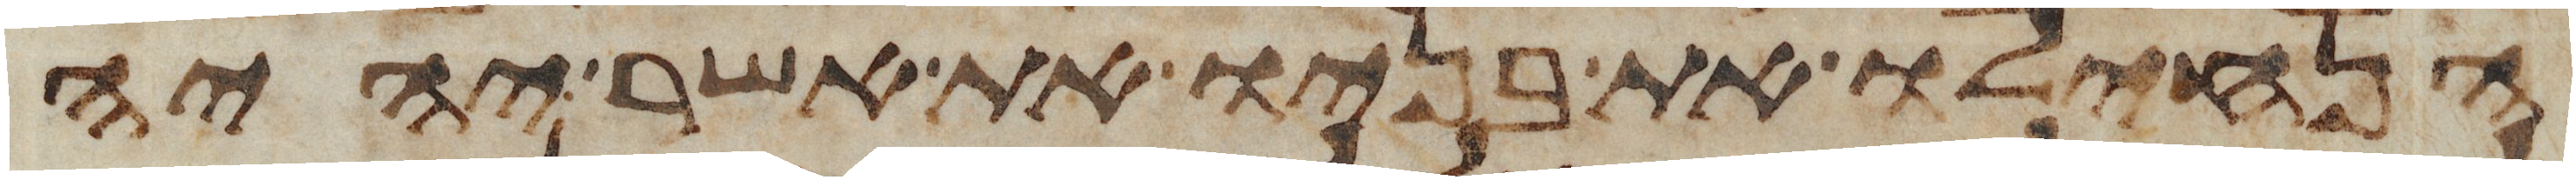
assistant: הנחילו את בניו את אשר יהיה